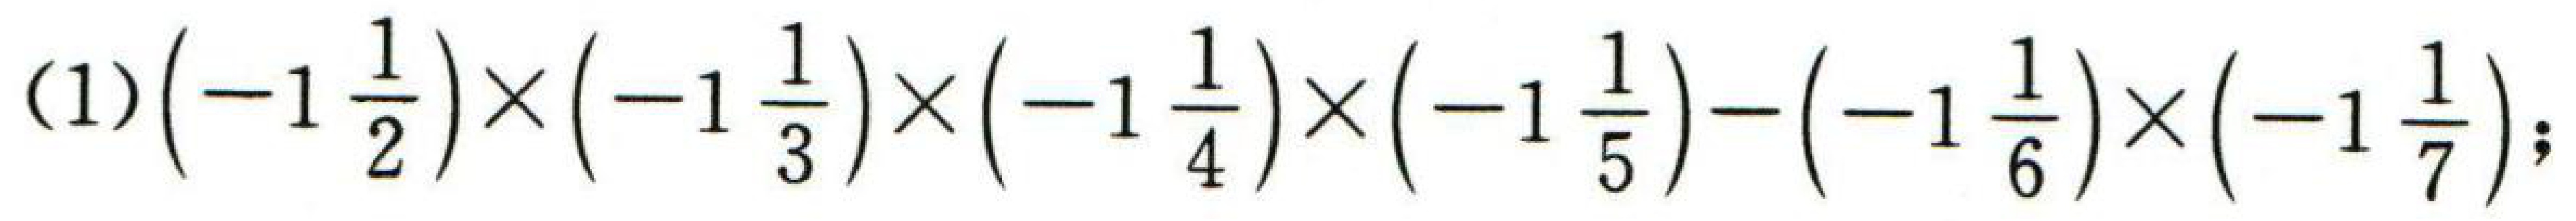
(1)$\left(-1\dfrac{1}{2}\right)\times\left(-1\dfrac{1}{3}\right)\times\left(-1\dfrac{1}{4}\right)\times\left(-1\dfrac{1}{5}\right)-\left(-1\dfrac{1}{6}\right)\times\left(-1\dfrac{1}{7}\right);$